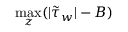
\operatorname* { m a x } _ { z } ( | \tilde { \tau } _ { w } | - B )